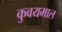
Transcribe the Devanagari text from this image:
कुवयमाल